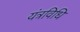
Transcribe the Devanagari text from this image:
यंत्रविधि